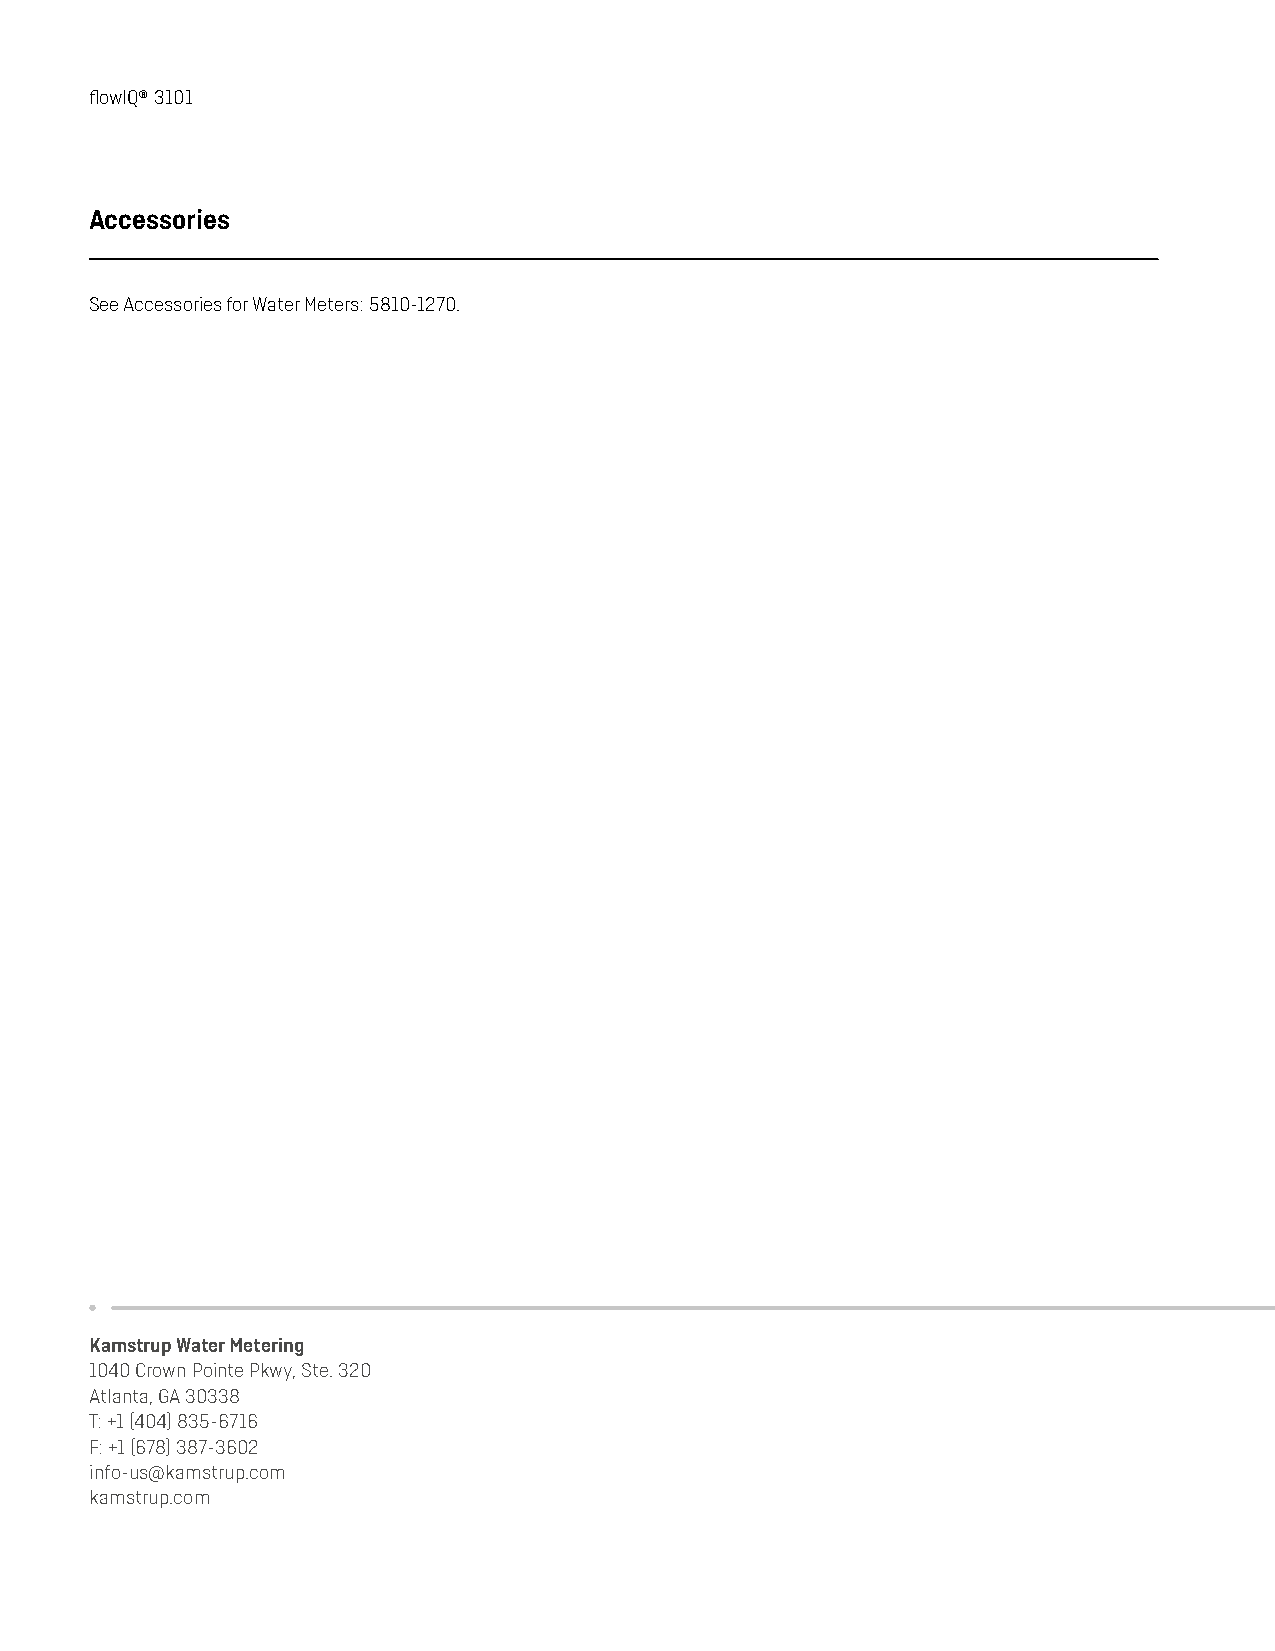
flowIQ® 3101
 Accessories
 See Accessories for Water Meters: 5810-1270.
 Kamstrup Water Metering
 1040 Crown Pointe Pkwy, Ste. 320
 Atlanta, GA 30338
 T: +1 (404) 835-6716
 F: +1 (678) 387-3602
 info-us@kamstrup.com
 kamstrup.com
 16                                                 Kamstrup A/S • 58101228_G1_US_06.2016